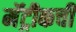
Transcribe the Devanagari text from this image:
मॅट्रीकची